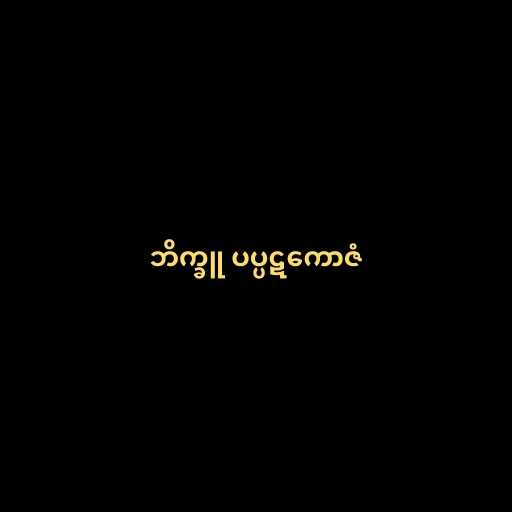
ဘိက္ခူ ပပ္ပဋကောဇံ